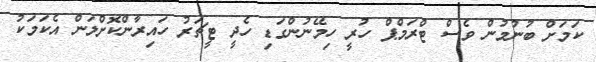
ކަމަށް ބުނުމުން ވެސް ޓްރަމްޕް ހުރީ ހިމޭނުންގަޑި ހެދީ ޓީޗަރު ހައިރާންކޮށްލަން އެކަމަކު